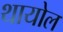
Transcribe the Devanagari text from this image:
थायोल